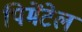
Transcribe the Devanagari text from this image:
पिमेंटेल